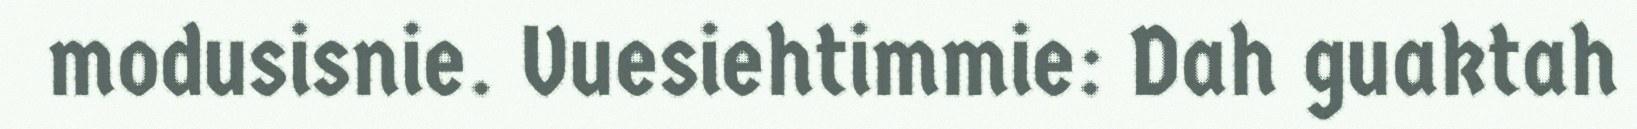
modusisnie. Vuesiehtimmie: Dah guaktah